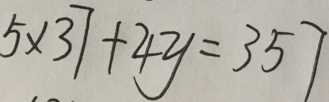
5 \times 3 7 + 4 y = 3 5 7